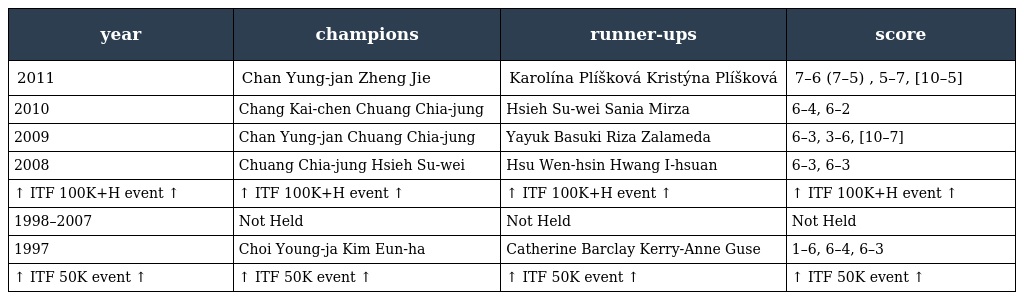
| year | champions | runner-ups | score |
 | --- | --- | --- | --- |
 | 2011 | Chan Yung-jan Zheng Jie | Karolína Plíšková Kristýna Plíšková | 7–6 (7–5) , 5–7, [10–5] |
 | 2010 | Chang Kai-chen Chuang Chia-jung | Hsieh Su-wei Sania Mirza | 6–4, 6–2 |
 | 2009 | Chan Yung-jan Chuang Chia-jung | Yayuk Basuki Riza Zalameda | 6–3, 3–6, [10–7] |
 | 2008 | Chuang Chia-jung Hsieh Su-wei | Hsu Wen-hsin Hwang I-hsuan | 6–3, 6–3 |
 | ↑ ITF 100K+H event ↑ | ↑ ITF 100K+H event ↑ | ↑ ITF 100K+H event ↑ | ↑ ITF 100K+H event ↑ |
 | 1998–2007 | Not Held | Not Held | Not Held |
 | 1997 | Choi Young-ja Kim Eun-ha | Catherine Barclay Kerry-Anne Guse | 1–6, 6–4, 6–3 |
 | ↑ ITF 50K event ↑ | ↑ ITF 50K event ↑ | ↑ ITF 50K event ↑ | ↑ ITF 50K event ↑ |